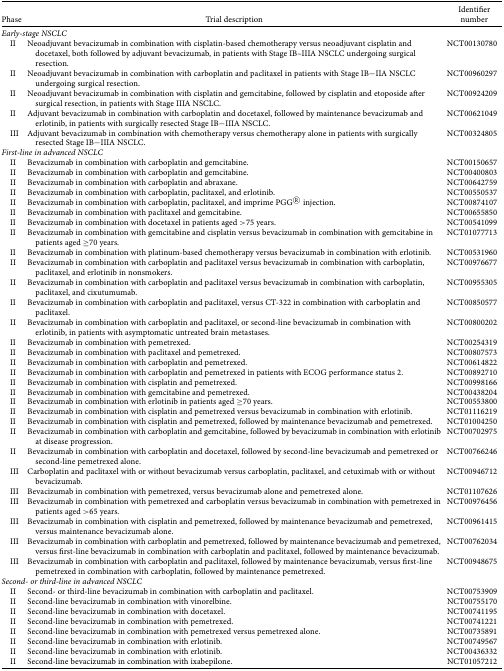
<table><thead><tr><td><b>Phase</b></td><td><b>Trial description</b></td><td><b>Identifier number</b></td></tr></thead><tbody><tr><td colspan="3"><i>Early-stage NSCLC</i></td></tr><tr><td> II</td><td>Neoadjuvant bevacizumab in combination with cisplatin-based chemotherapy versus neoadjuvant cisplatin and docetaxel, both followed by adjuvant bevacizumab, in patients with Stage IB-IIIA NSCLC undergoing surgical resection.</td><td>NCT00130780</td></tr><tr><td> II</td><td>Neoadjuvant bevacizumab in combination with carboplatin and paclitaxel in patients with Stage IB-IIA NSCLC undergoing surgical resection.</td><td>NCT00960297</td></tr><tr><td> II</td><td>Neoadjuvant bevacizumab in combination with cisplatin and gemcitabine, followed by cisplatin and etoposide after surgical resection, in patients with Stage IIIA NSCLC.</td><td>NCT00924209</td></tr><tr><td> II</td><td>Adjuvant bevacizumab in combination with carboplatin and docetaxel, followed by maintenance bevacizumab and erlotinib, in patients with surgically resected Stage IB-IIIA NSCLC.</td><td>NCT00621049</td></tr><tr><td> III</td><td>Adjuvant bevacizumab in combination with chemotherapy versus chemotherapy alone in patients with surgically resected Stage IB-IIIA NSCLC.</td><td>NCT00324805</td></tr><tr><td colspan="3"><i>First-line in advanced NSCLC</i></td></tr><tr><td> II</td><td>Bevacizumab in combination with carboplatin and gemcitabine.</td><td>NCT00150657</td></tr><tr><td> II</td><td>Bevacizumab in combination with carboplatin and gemcitabine.</td><td>NCT00400803</td></tr><tr><td> II</td><td>Bevacizumab in combination with carboplatin and abraxane.</td><td>NCT00642759</td></tr><tr><td> II</td><td>Bevacizumab in combination with carboplatin, paclitaxel, and erlotinib.</td><td>NCT00550537</td></tr><tr><td> II</td><td>Bevacizumab in combination with carboplatin, paclitaxel, and imprime PGG® injection.</td><td>NCT00874107</td></tr><tr><td> II</td><td>Bevacizumab in combination with paclitaxel and gemcitabine.</td><td>NCT00655850</td></tr><tr><td> II</td><td>Bevacizumab in combination with docetaxel in patients aged &gt;75 years.</td><td>NCT00541099</td></tr><tr><td> II</td><td>Bevacizumab in combination with gemcitabine and cisplatin versus bevacizumab in combination with gemcitabine in patients aged .70 years.</td><td>NCT01077713</td></tr><tr><td> II</td><td>Bevacizumab in combination with platinum-based chemotherapy versus bevacizumab in combination with erlotinib.</td><td>NCT00531960</td></tr><tr><td> II</td><td>Bevacizumab in combination with carboplatin and paclitaxel versus bevacizumab in combination with carboplatin, paclitaxel, and erlotinib in nonsmokers.</td><td>NCT00976677</td></tr><tr><td> II</td><td>Bevacizumab in combination with carboplatin and paclitaxel versus bevacizumab in combination with carboplatin, paclitaxel, and cixutumumab.</td><td>NCT00955305</td></tr><tr><td> II</td><td>Bevacizumab in combination with carboplatin and paclitaxel, versus CT-322 in combination with carboplatin and paclitaxel.</td><td>NCT00850577</td></tr><tr><td> II</td><td>Bevacizumab in combination with carboplatin and paclitaxel, or second-line bevacizumab in combination with erlotinib, in patients with asymptomatic untreated brain metastases.</td><td>NCT00800202</td></tr><tr><td> II</td><td>Bevacizumab in combination with pemetrexed.</td><td>NCT00254319</td></tr><tr><td> II</td><td>Bevacizumab in combination with paclitaxel and pemetrexed.</td><td>NCT00807573</td></tr><tr><td> II</td><td>Bevacizumab in combination with carboplatin and pemetrexed.</td><td>NCT00614822</td></tr><tr><td> II</td><td>Bevacizumab in combination with carboplatin and pemetrexed in patients with ECOG performance status 2.</td><td>NCT00892710</td></tr><tr><td> II</td><td>Bevacizumab in combination with cisplatin and pemetrexed.</td><td>NCT00998166</td></tr><tr><td> II</td><td>Bevacizumab in combination with gemcitabine and pemetrexed.</td><td>NCT00438204</td></tr><tr><td> II</td><td>Bevacizumab in combination with erlotinib in patients aged ≥70 years.</td><td>NCT00553800</td></tr><tr><td> II</td><td>Bevacizumab in combination with cisplatin and pemetrexed versus bevacizumab in combination with erlotinib.</td><td>NCT01116219</td></tr><tr><td> II</td><td>Bevacizumab in combination with cisplatin and pemetrexed, followed by maintenance bevacizumab and pemetrexed.</td><td>NCT01004250</td></tr><tr><td> II</td><td>Bevacizumab in combination with carboplatin and gemcitabine, followed by bevacizumab in combination with erlotinib at disease progression.</td><td>NCT00702975</td></tr><tr><td> II</td><td>Bevacizumab in combination with carboplatin and docetaxel, followed by second-line bevacizumab and pemetrexed or second-line pemetrexed alone.</td><td>NCT00766246</td></tr><tr><td> III</td><td>Carboplatin and paclitaxel with or without bevacizumab versus carboplatin, paclitaxel, and cetuximab with or without bevacizumab.</td><td>NCT00946712</td></tr><tr><td> III</td><td>Bevacizumab in combination with pemetrexed, versus bevacizumab alone and pemetrexed alone.</td><td>NCT01107626</td></tr><tr><td> III</td><td>Bevacizumab in combination with pemetrexed and carboplatin versus bevacizumab in combination with pemetrexed in patients aged &gt;65 years.</td><td>NCT00976456</td></tr><tr><td> III</td><td>Bevacizumab in combination with cisplatin and pemetrexed, followed by maintenance bevacizumab and pemetrexed, versus maintenance bevacizumab alone.</td><td>NCT00961415</td></tr><tr><td> III</td><td>Bevacizumab in combination with carboplatin and pemetrexed, followed by maintenance bevacizumab and pemetrexed, versus first-line bevacizumab in combination with carboplatin and paclitaxel, followed by maintenance bevacizumab.</td><td>NCT00762034</td></tr><tr><td> III</td><td>Bevacizumab in combination with carboplatin and paclitaxel, followed by maintenance bevacizumab, versus first-line pemetrexed in combination with carboplatin, followed by maintenance pemetrexed.</td><td>NCT00948675</td></tr><tr><td colspan="3"><i>Second- or third-line in advanced NSCLC</i></td></tr><tr><td> II</td><td>Second- or third-line bevacizumab in combination with carboplatin and paclitaxel.</td><td>NCT00753909</td></tr><tr><td> II</td><td>Second-line bevacizumab in combination with vinorelbine.</td><td>NCT00755170</td></tr><tr><td> II</td><td>Second-line bevacizumab in combination with docetaxel.</td><td>NCT00741195</td></tr><tr><td> II</td><td>Second-line bevacizumab in combination with pemetrexed.</td><td>NCT00741221</td></tr><tr><td> II</td><td>Second-line bevacizumab in combination with pemetrexed versus pemetrexed alone.</td><td>NCT00735891</td></tr><tr><td> II</td><td>Second-line bevacizumab in combination with erlotinib.</td><td>NCT00749567</td></tr><tr><td> II</td><td>Second-line bevacizumab in combination with erlotinib.</td><td>NCT00436332</td></tr><tr><td> II</td><td>Second-line bevacizumab in combination with ixabepilone.</td><td>NCT01057212</td></tr></tbody></table>